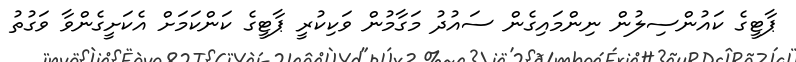
ޕާޓީގެ ކައުންސިލުން ނިންމައިގެން ސައުދު މަގާމުން ވަކިކުރީ ޕާޓީގެ ކަންކަމަށް އެކަށީގެންވާ ވަގުތު